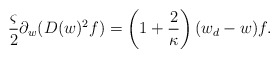
\begin{align*}&\frac{\varsigma}{2}\partial_w(D(w)^2f)=\left(1+\frac{2}{\kappa}\right)(w_d-w)f.\end{align*}